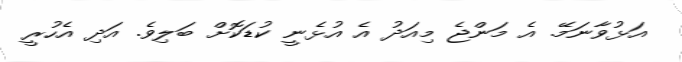
އަޅުވާނަމޭ. އެ މަންޖެ މިއަދު އެ އުޅެނީ ކުޑަކޮށް ބަލިވެ. އަދި އެހުރީ